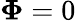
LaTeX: \boldsymbol\Phi=0